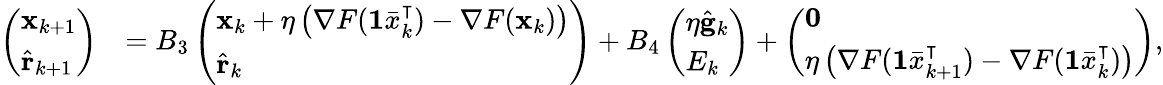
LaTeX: \begin{array}{rl}{\left(\begin{array}{l}{\mathbf{x}_{k+1}}\\ {\hat{\mathbf{r}}_{k+1}}\end{array}\right)}&{=B_{3}\left(\begin{array}{l}{\mathbf{x}_{k}+\eta\left(\nabla F(\mathbf{1}\bar{x}_{k}^{\intercal})-\nabla F(\mathbf{x}_{k})\right)}\\ {\hat{\mathbf{r}}_{k}}\end{array}\right)+B_{4}\left(\begin{array}{l}{\eta\hat{\mathbf{g}}_{k}}\\ {E_{k}}\end{array}\right)+\left(\begin{array}{l}{\mathbf{0}}\\ {\eta\left(\nabla F(\mathbf{1}\bar{x}_{k+1}^{\intercal})-\nabla F(\mathbf{1}\bar{x}_{k}^{\intercal})\right)}\end{array}\right),}\end{array}